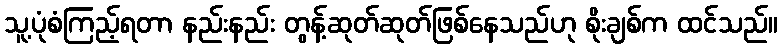
သူ့ပုံစံကြည့်ရတာ နည်းနည်း တွန့်ဆုတ်ဆုတ်ဖြစ်နေသည်ဟု စိုးချစ်က ထင်သည်။